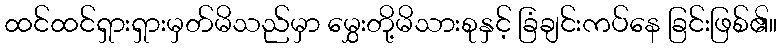
ထင်ထင်ရှားရှားမှတ်မိသည်မှာ မွှေးတို့မိသားစုနှင့် ခြံချင်းကပ်နေ ခြင်းဖြစ်၏။